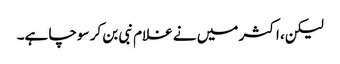
لیکن، اکثر میں نے غلام نبی بن کر سوچا ہے۔